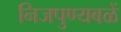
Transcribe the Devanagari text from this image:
निजपुण्यबळें